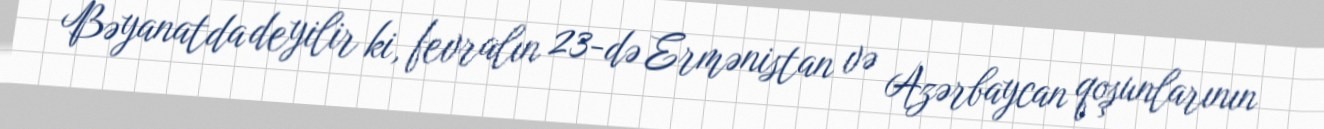
Bəyanatda deyilir ki, fevralın 23-də Ermənistan və Azərbaycan qoşunlarının